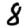
Digit: 8